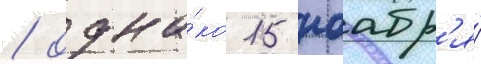
/ одна́ко 15 ноабр'я́